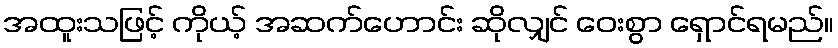
အထူးသဖြင့် ကိုယ့် အဆက်ဟောင်း ဆိုလျှင် ဝေးစွာ ရှောင်ရမည်။